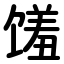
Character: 馐